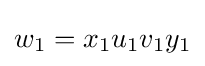
w_{1}=x_{1}u_{1}v_{1}y_{1}